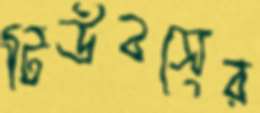
টিউবসের